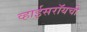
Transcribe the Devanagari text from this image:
व्हाईसरॉयची